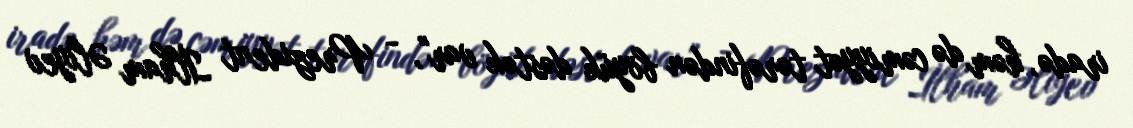
iradə, həm də cəmiyyət tərəfindən böyük dəstək var", - Prezident İlham Əliyev